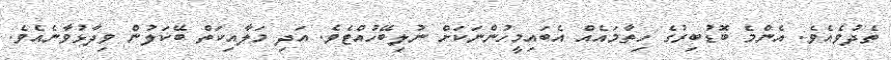
ތެދުވެއެވެ. އެންމެ ބޮޑުބިރުގެ ހިތާމައެއް އެބައިމީހުންނަކަށް ނުލިބޭހުއްޓެވެ. އަދި މަލާއިކަތް ބޭކަލުން ވިދާޅުވާނެއެވެ.